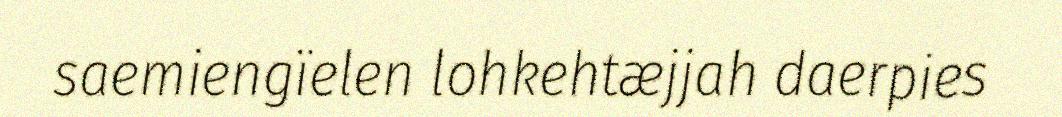
saemiengïelen lohkehtæjjah daerpies